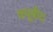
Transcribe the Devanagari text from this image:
क्यूबीट